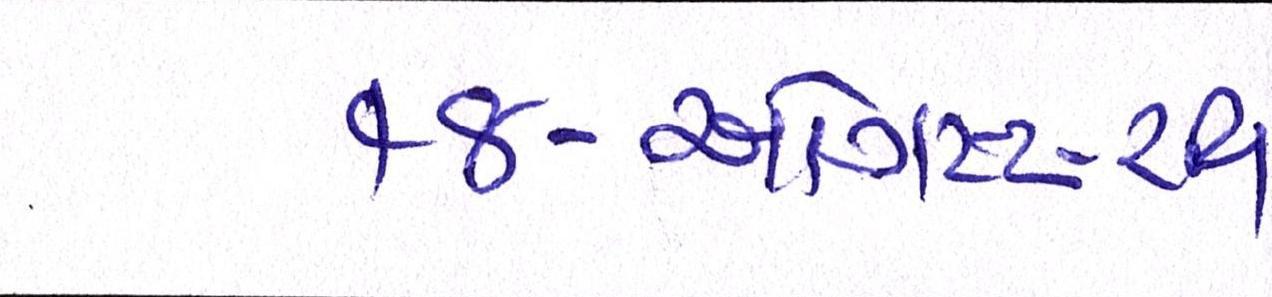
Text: ૧૪-ઓગસ્ટ-રવિ